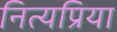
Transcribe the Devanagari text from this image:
नित्यप्रिया